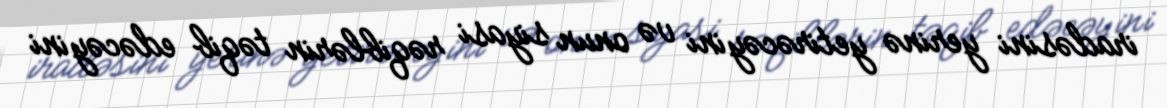
iradəsini yerinə yetirəcəyini və onun siyasi rəqiblərin təqib edəcəyini